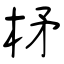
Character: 柕